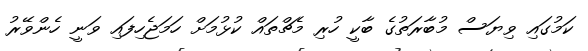
ކަމުގައި ވިޔަސް މުބާރަތުގެ ބާކީ ހުރި މެޗްތައް ކުޅުމަށް ހަމަޖެހިފައި ވަނީ ހެންވޭރު